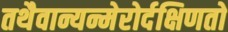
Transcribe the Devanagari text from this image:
तथैवान्यन्मेरोर्दक्षिणतो